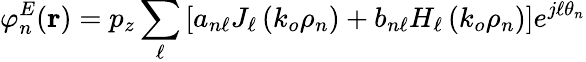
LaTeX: \varphi_{n}^{E}(\mathbf{r})=p_{z}\sum_{\ell}\left[a_{n\ell}J_{\ell}\left(k_{o}\rho_{n}\right)+b_{n\ell}H_{\ell}\left(k_{o}\rho_{n}\right)\right]e^{j\ell\theta_{n}}